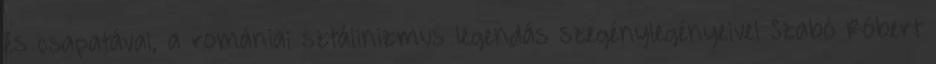
és csapatával, a romániai sztálinizmus legendás szegénylegényeivel Szabó Róbert